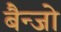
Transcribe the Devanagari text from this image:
बैन्जो